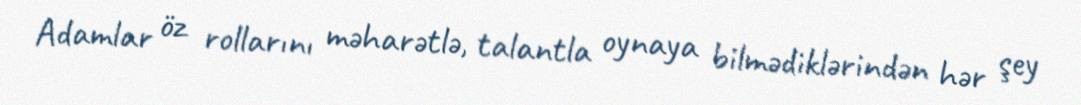
Adamlar öz rollarını məharətlə, talantla oynaya bilmədiklərindən hər şey